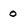
Character: 0